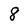
Character: 8